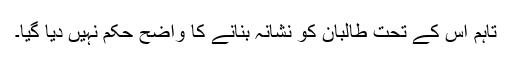
تاہم اس کے تحت طالبان کو نشانہ بنانے کا واضح حکم نہیں دیا گیا۔